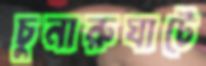
চুনারুঘাটে